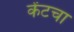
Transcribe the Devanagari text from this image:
केंटचा